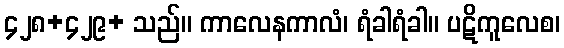
၄၂၈+၄၂၉+ သည်။ ကာလေနကာလံ၊ ရံခါရံခါ။ ပဋိကူလေစ၊